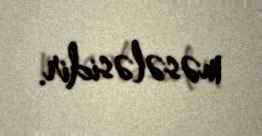
məsələsidir.